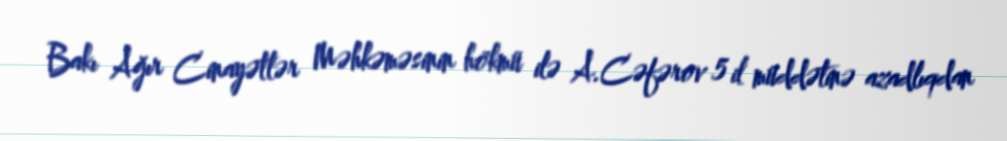
Bakı Ağır Cinayətlər Məhkəməsinin hökmü ilə A.Cəfərov 5 il müddətinə azadlıqdan